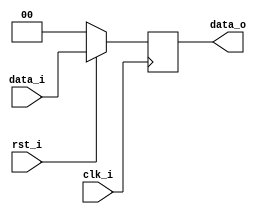
`timescale 1ns / 1ps
//Subject:     CO project 4 - Pipe Register
//--------------------------------------------------------------------------------
//Version:     1
//--------------------------------------------------------------------------------
//Writer:      
//----------------------------------------------
//Date:        
//----------------------------------------------
//Description: 
//--------------------------------------------------------------------------------
module Pipe_Reg(
    clk_i,
    rst_i,
    data_i,
    data_o
    );

parameter size = 0;

input   clk_i;		  
input   rst_i;
input   [size-1:0] data_i;
output reg  [size-1:0] data_o;
	  
always@(posedge clk_i) begin
    if(~rst_i)
        data_o <= 0;
    else
        data_o <= data_i;
end

endmodule